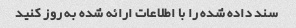
سند داده شده را با اطلاعات ارائه شده به روز کنید